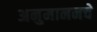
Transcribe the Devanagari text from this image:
अनुमाननचे